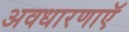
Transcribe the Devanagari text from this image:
अवधारणाएॅ